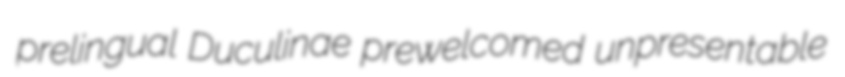
prelingual Duculinae prewelcomed unpresentable